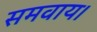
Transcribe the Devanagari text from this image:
समवाय।